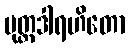
ပုတ္တဒါရဟိတော